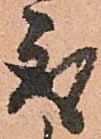
取